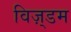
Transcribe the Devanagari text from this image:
विज़्डम